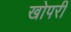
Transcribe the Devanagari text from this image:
खोपरी